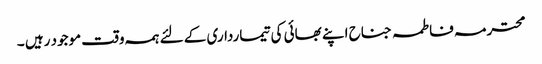
محترمہ فاطمہ جناح اپنے بھائی کی تیمارداری کے لئے ہمہ وقت موجود رہیں ۔